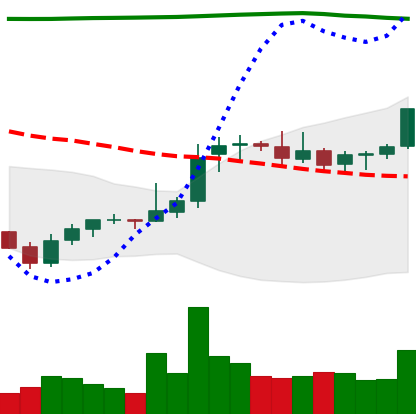
Ticker: XRP-USD
Chart end date: 2021-08-07
Forward return: 18.164%
Label: up_7plus